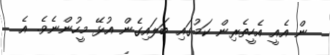
ން އެއީ އެހީތެރިން ކަމުގައި ބަލައިގެން އުޅޭ މީހުންނެވެ. އެ